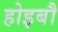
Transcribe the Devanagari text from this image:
होइबौ